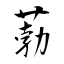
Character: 葧